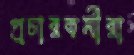
প্রচারকর্মীরা